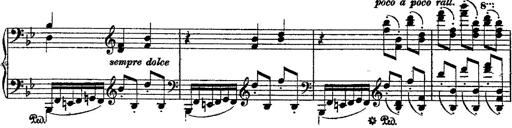
Title: Fantaisie romantique sur deux mÃ©lodies suisses
Composer: Franz Liszt